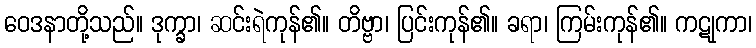
ဝေဒနာတို့သည်။ ဒုက္ခာ၊ ဆင်းရဲကုန်၏။ တိဗ္ဗာ၊ ပြင်းကုန်၏။ ခရာ၊ ကြမ်းကုန်၏။ ကဋုကာ၊